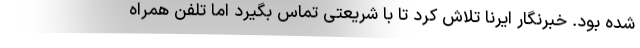
شده بود. خبرنگار ایرنا تلاش کرد تا با شریعتی تماس بگیرد اما تلفن همراه